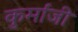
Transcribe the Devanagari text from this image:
कुर्मांजी